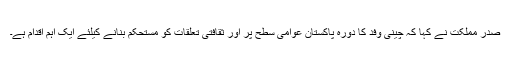
صدر مملکت نے کہا کہ چینی وفد کا دورہ پاکستان عوامی سطح پر اور ثقافتی تعلقات کو مستحکم بنانے کیلئے ایک اہم اقدام ہے۔